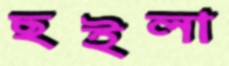
ছইলা